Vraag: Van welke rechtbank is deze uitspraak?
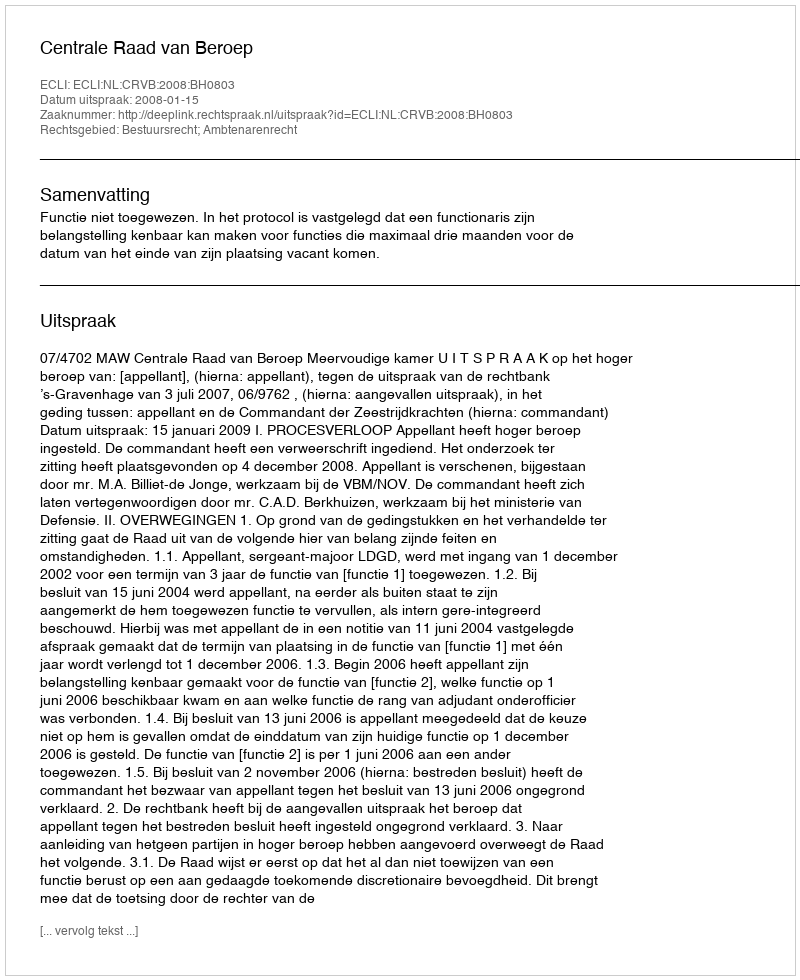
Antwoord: Centrale Raad van Beroep